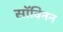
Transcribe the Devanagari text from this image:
सॉविनन